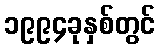
၁၉၉၄ခုနှစ်တွင်